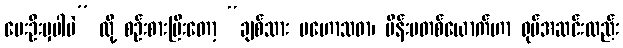
မေးဦးမှပါပဲ” လို့ စဉ်းစားပြီးတော့ “ချစ်သား မဟောသဓာ၊ မိန်းမတစ်ယောက်ဟာ ရုပ်အဆင်းလည်း